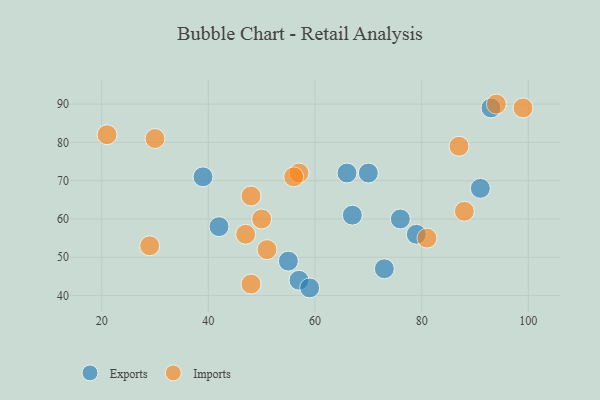
{"axis": {"x": "GDP", "y": "Life Expectancy"}, "legend": ["Exports", "Imports"], "data": [{"x": "70", "y": 72, "type": "Exports"}, {"x": "42", "y": 58, "type": "Exports"}, {"x": "76", "y": 60, "type": "Exports"}, {"x": "66", "y": 72, "type": "Exports"}, {"x": "93", "y": 89, "type": "Exports"}, {"x": "57", "y": 44, "type": "Exports"}, {"x": "39", "y": 71, "type": "Exports"}, {"x": "55", "y": 49, "type": "Exports"}, {"x": "91", "y": 68, "type": "Exports"}, {"x": "73", "y": 47, "type": "Exports"}, {"x": "59", "y": 42, "type": "Exports"}, {"x": "79", "y": 56, "type": "Exports"}, {"x": "67", "y": 61, "type": "Exports"}, {"x": "29", "y": 53, "type": "Imports"}, {"x": "57", "y": 72, "type": "Imports"}, {"x": "47", "y": 56, "type": "Imports"}, {"x": "30", "y": 81, "type": "Imports"}, {"x": "56", "y": 71, "type": "Imports"}, {"x": "94", "y": 90, "type": "Imports"}, {"x": "87", "y": 79, "type": "Imports"}, {"x": "51", "y": 52, "type": "Imports"}, {"x": "99", "y": 89, "type": "Imports"}, {"x": "81", "y": 55, "type": "Imports"}, {"x": "50", "y": 60, "type": "Imports"}, {"x": "48", "y": 43, "type": "Imports"}, {"x": "21", "y": 82, "type": "Imports"}, {"x": "88", "y": 62, "type": "Imports"}, {"x": "48", "y": 66, "type": "Imports"}]}